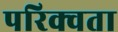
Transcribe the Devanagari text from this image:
परिक्वता